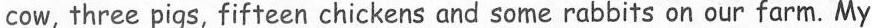
cow, three pigs, fifteen chickens and some rabbits on our farm. My